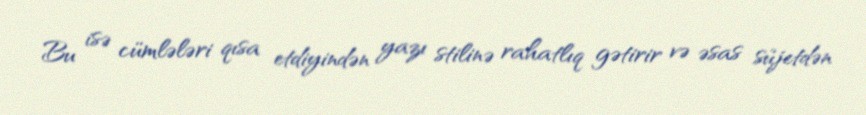
Bu isə cümlələri qısa etdiyindən yazı stilinə rahatlıq gətirir və əsas süjetdən